Report of the Hyderabad Chloroform Commission
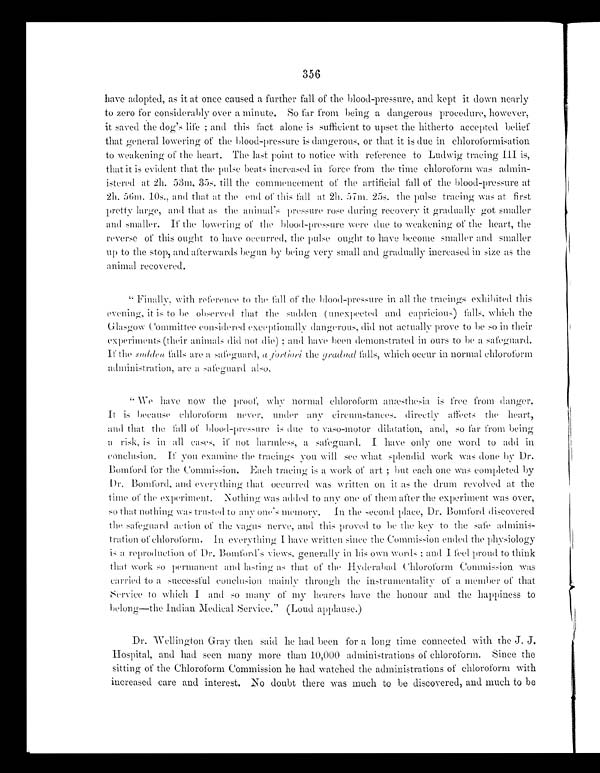
356
have adopted, as it at once caused a further fall of the blood-pressure, and kept it down nearly
to zero for considerably over a minute. So far from being a dangerous procedure, however,
it saved the dog's life ; and this fact alone is sufficient to upset the hitherto accepted belief
that general lowering of the blood-pressure is dangerous, or that it is due in chloroformisation
to weakening of the heart. The last point to notice with reference to Ludwig tracing III is,
that it is evident that the pulse beats increased in force from the time chloroform w a s
admin-istered at 2h. 53m. 35s. till the commencement of the artificial fall of the blood-pressure at
2h. 56m. 10s., and that at the end of this fall at 2h. 57m, 25s. the pulse tracing was at first
pretty large, and that as the animal's pressure rose during recover y it gradually got smaller
and smaller. If the lowering of the blood-pressure were due to weakening of the heart, the
reverse of this ought to have occurred, the pulse ought to have become smaller and smaller
up to the stop, and afterwards begun by being very small and gradually increased in size as the
animal recovered.
" Finally, with refer e nce to the fall of the blood-pressure in all the tracings exhibited this
evening, it is to be observed that the sudden (unexpected and capricious) falls, which the
Glasgow Committee considered exceptionlly dangerous, did not actually prove to be so in their
experiments (their animals did not die) ; and have been demonstrated in ours to be a safeguard.
If the sudden falls are a safeguard, a fortiori the gradual falls, which occur in normal chloroform
administration, are a safeguard also.
"We have now the proof, why normal chloroform anæthesia is free from danger.
It is because Chlorofarm never, under any circumstances. directly affects the heart,
and that the fall of blood-pressure is due to vaso-motor dilatation, and, so far from being
a risk, is in all cases, it not harmless, a safeguard. I have only one word to add in
conclusion. If you examine the tracings you will see what splendid work was done by Dr.
Bomford for the Commission. Each tracing is a work of art ; but each one was completed by
Dr. Bomford, and everything that occurred was written on it as the drum revolved at the
time of the experiment. Nothing Was added to any one of them after the experiment was over,
so that nothing was trusted to any one's memory . In the second place, Dr. Bomford discovered
the safeguard action of the vagus nerve, and this proved to be the key to the sate
a d m i n i s - t r a t i o n o f c h l o r o f o r m . I n e v e r y t h i n g I h a v e w r i t t e n s i n c e t h e C o m m i s s i o n e n d e d t h e p h y s i o l o g y
is a reproduction of Dr. Bomford's views, generally in his own words ; and I feel proud to think
that work so permanent and lasting as that of the Hyderabad Chloroform Commission was
carried to a successful conclusion mainly through the instrumentalit y of a member of that
Service to which I and so man y of my hearers have the honour and the happiness to
belong—the Indian Medical Service." (Loud applause.)
Dr. Wellington Gray then said he had been for a long time connected with the J. J.
Hospital, and had seen many more than 10,000 administrations of chloroform. Since the
sitting of the Chloroform Commission he had watched the administrations of chloroform with
increased care and interest. No doubt there was much to be discovered, and much to be